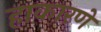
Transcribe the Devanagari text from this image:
हाकारणे